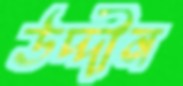
উদ্দীন